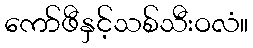
ကော်ဖီနှင့်သစ်သီးဝလံ။